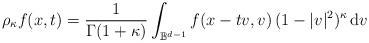
LaTeX: \begin{align*}\rho_\kappa f(x,t) = \frac{1}{\Gamma(1+\kappa)} \int_{\mathbb{B}^{d-1}}f(x-tv,v) \, (1-|v|^2)^{\kappa} \, \mathrm{d}v\end{align*}